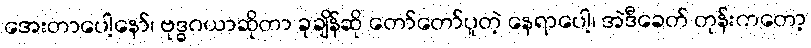
အေးတာပေါ့နော်၊ ဗုဒ္ဓဂယာဆိုတာ ခုချိန်ဆို တော်တော်ပူတဲ့ နေရာပေါ့၊ အဲဒီခေတ် တုန်းကတော့